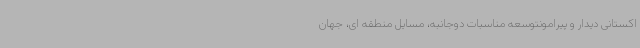
اکستانی دیدار و پیرامونتوسعه مناسبات دوجانبه، مسایل منطقه ای، جهان